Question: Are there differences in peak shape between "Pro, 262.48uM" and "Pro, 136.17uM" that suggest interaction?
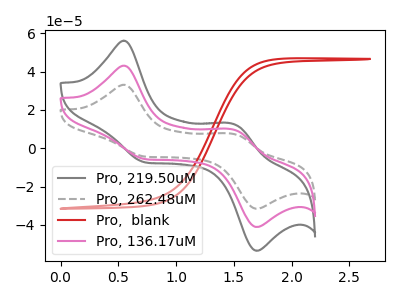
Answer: <think>The gray curve "Pro, 219.50uM" has anodic peaks at (0.55V, 86.20uA) (1.50V, 19.15uA) and cathodic peaks at (0.75V, -11.50uA) (1.70V, -82.10uA). The gray dashed curve "Pro, 262.48uM" has anodic peaks at (0.55V, 33.10uA) (1.50V, 7.35uA) and cathodic peaks at (0.75V, -4.40uA) (1.70V, -31.55uA). The red curve "Pro,  blank" has no peaks. The pink curve "Pro, 136.17uM" has anodic peaks at (0.55V, 43.10uA) (1.50V, 9.55uA) and cathodic peaks at (0.75V, -5.75uA) (1.70V, -41.05uA).
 All the peaks in "Pro, 262.48uM" have a peak in "Pro, 136.17uM" at the same potential. Every peak in "Pro, 262.48uM" is lower than every peak in "Pro, 136.17uM".</think>
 <answer>No, "Pro, 262.48uM" and "Pro, 136.17uM" don't appear to be significantly different in shape</answer>
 <eval>no_change</eval>